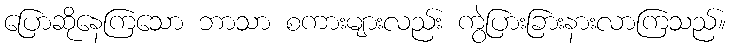
ပြောဆိုနေကြသော ဘာသာ စကားများလည်း ကွဲပြားခြားနားလာကြသည်။